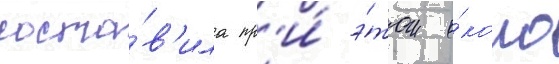
соста́в'ила пр'и́ э́том о́коло